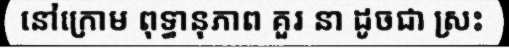
នៅក្រោម ពុទ្ធានុភាព គួរ នា ដូចជា ស្រះ